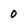
Character: 0